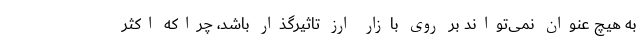
به هیچ عنوان نمی‌تواند بر روی بازار ارز تاثیرگذار باشد، چراکه اکثر